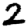
Digit: 2